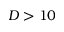
D > 1 0